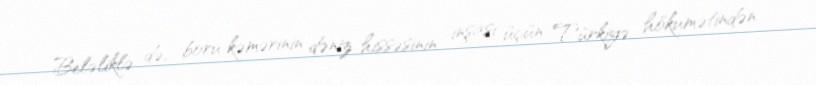
Beləliklə də, boru kəmərinin dəniz hissəsinin inşası üçün Türkiyə hökumətindən